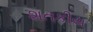
શતકીય